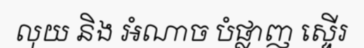
លុយ និង អំណាច បំផ្លាញ ស្ទើរ